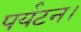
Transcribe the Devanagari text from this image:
पर्यटन।